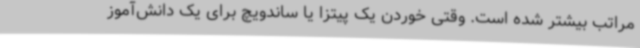
مراتب بیشتر شده است. وقتی خوردن یک پیتزا یا ساندویچ برای یک دانش‌آموز